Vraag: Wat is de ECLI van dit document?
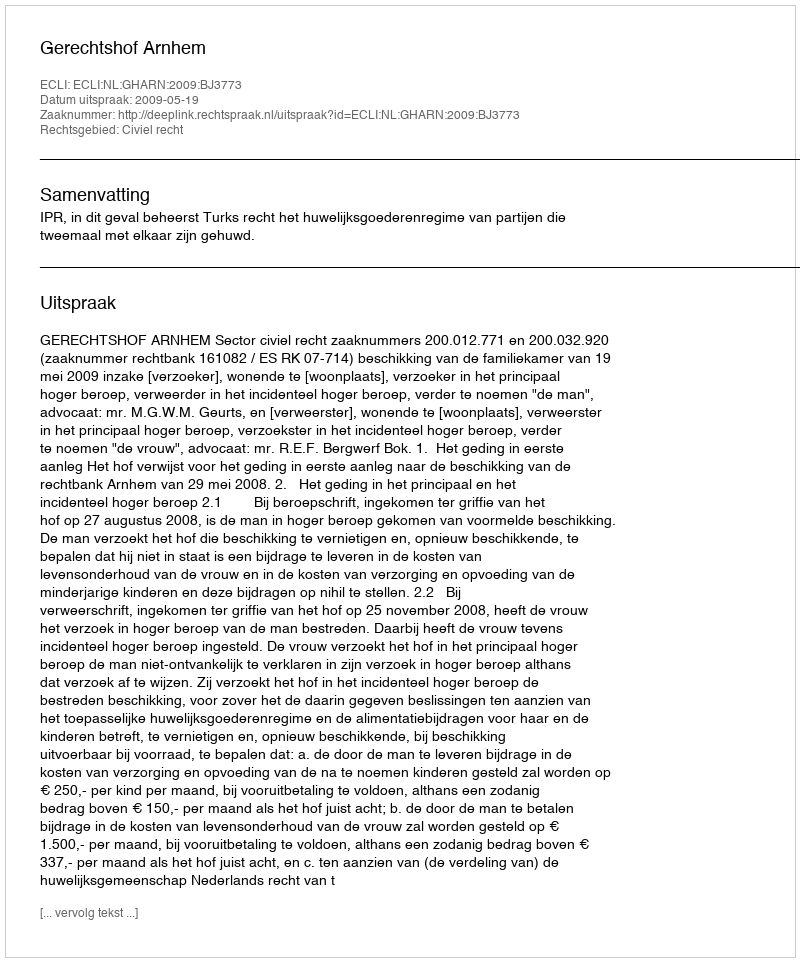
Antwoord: ECLI:NL:GHARN:2009:BJ3773